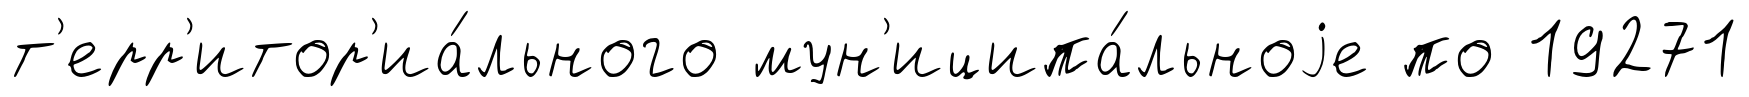
т'ерр'итор'иа́льного мун'иципа́льноjе по 19271